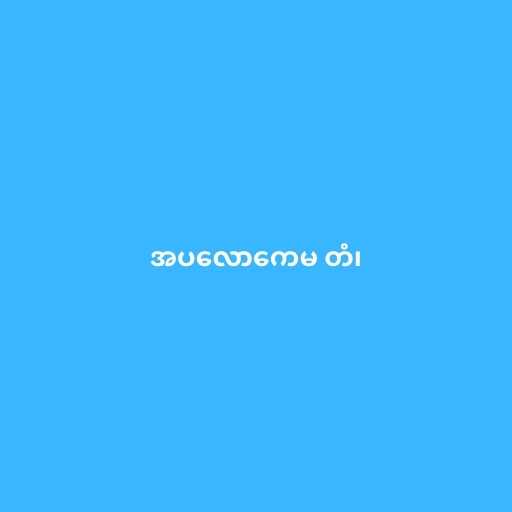
အပလောကေမ တံ၊